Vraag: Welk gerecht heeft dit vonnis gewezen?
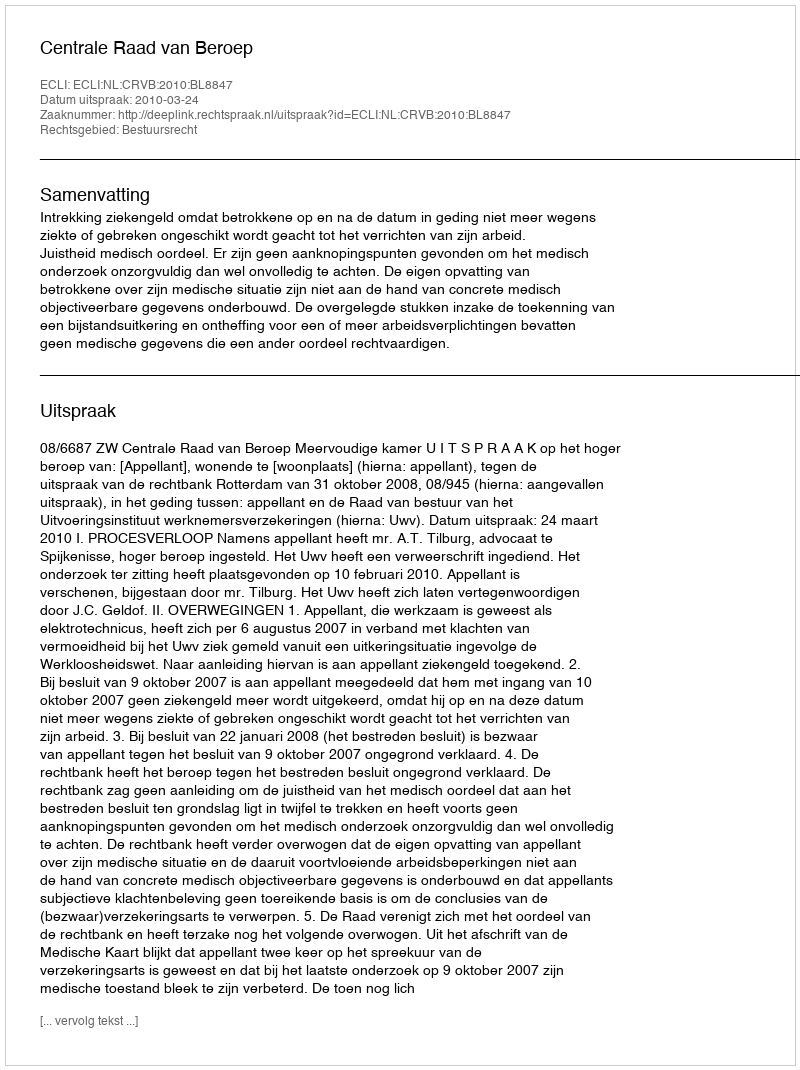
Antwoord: Centrale Raad van Beroep